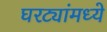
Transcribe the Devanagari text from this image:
घरट्यांमध्ये